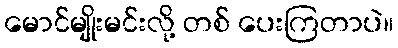
မောင်မျိုးမင်းလို့ တစ် ပေးကြတာပဲ။